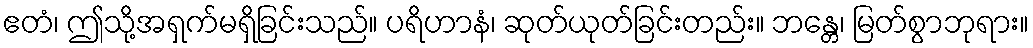
ဧတံ၊ ဤသို့အရှက်မရှိခြင်းသည်။ ပရိဟာနံ၊ ဆုတ်ယုတ်ခြင်းတည်း။ ဘန္တေ၊ မြတ်စွာဘုရား။